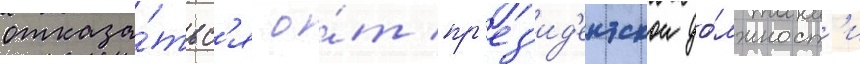
отказа́тьс'я о́т пр'ез'ид'ентскои до́лжност'и